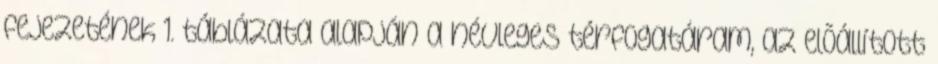
fejezetének 1. táblázata alapján a névleges térfogatáram, az elõállított